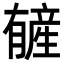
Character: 𬂑